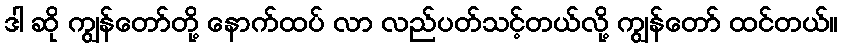
ဒါ ဆို ကျွန်တော်တို့ နောက်ထပ် လာ လည်ပတ်သင့်တယ်လို့ ကျွန်တော် ထင်တယ်။